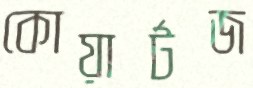
কোয়ার্টজ